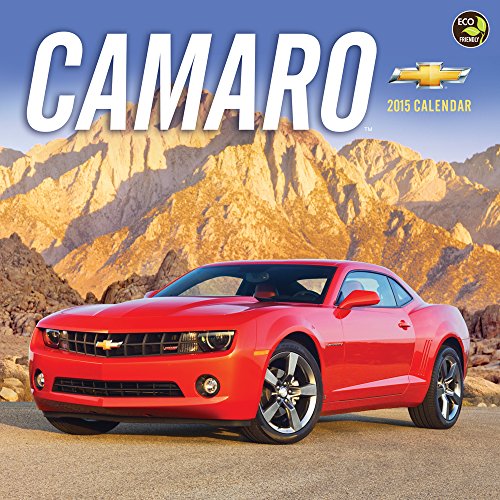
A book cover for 2015 Camaro Wall Calendar; TF PUBLISHING; Calendars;